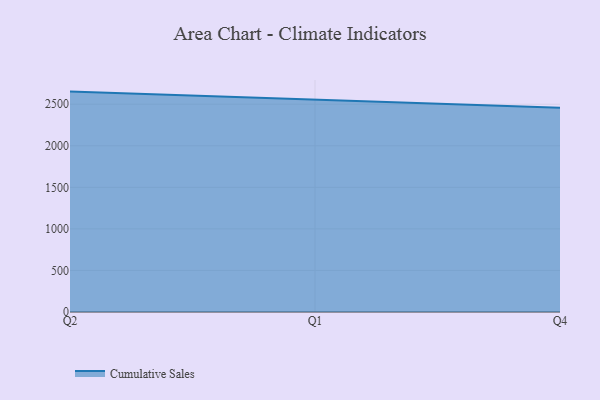
{"axis": {"x": "Quarter", "y": "Gross Profit (USD K)"}, "legend": ["Cumulative Sales"], "data": [{"x": "Q2", "y": 2651.9, "type": "Cumulative Sales"}, {"x": "Q1", "y": 2551.0, "type": "Cumulative Sales"}, {"x": "Q4", "y": 2457.4, "type": "Cumulative Sales"}]}